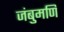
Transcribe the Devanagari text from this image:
जंबुमणि